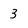
Character: 3